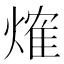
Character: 𤌍